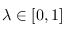
\lambda \in [ 0 , 1 ]